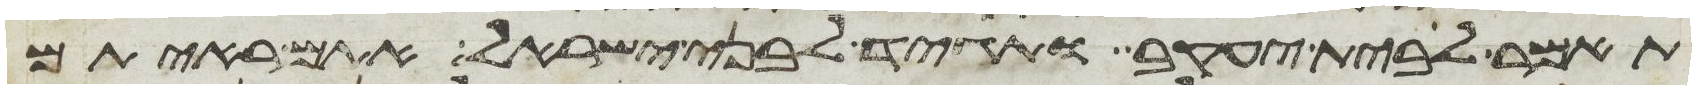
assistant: תאמר לבית יעקב ותגיד לבני ישראל אתם ראיתם